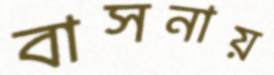
বাসনায়